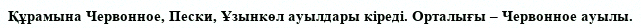
Құрамына Червонное, Пески, Ұзынкөл ауылдары кіреді. Орталығы – Червонное ауылы.